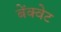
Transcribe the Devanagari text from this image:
बेंक्वेट